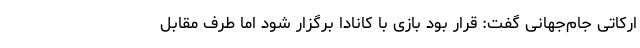
ارکاتی جام‌جهانی گفت: قرار بود بازی با کانادا برگزار شود اما طرف مقابل